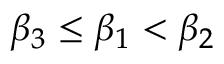
\beta _ { 3 } \le \beta _ { 1 } < \beta _ { 2 }